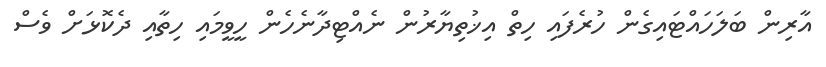
އާރިން ބަލަހައްޓައިގެން ހުރެފައި ހިތް އިޚުތިޔާރުން ނެއްޓިދާނެހެން ހީވީމައި ހިތާއި ދެކޮޅަށް ވެސް